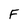
Character: F